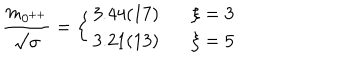
{ \frac { m _ { 0 ^ { + + } } } { \surd \sigma } } = \left\{ \begin{array} { l l } { { 3 . 4 4 ( 1 7 ) } } & { { \ \ \ \xi = 3 } } \\ { { 3 . 2 1 ( 1 3 ) } } & { { \ \ \ \xi = 5 } } \\ \end{array} \right.